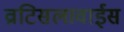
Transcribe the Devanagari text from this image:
व्राटिसलावाईस